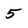
Character: 5